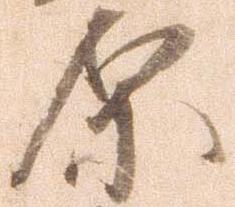
原